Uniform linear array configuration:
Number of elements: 12
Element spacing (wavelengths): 0.5
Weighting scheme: kaiser
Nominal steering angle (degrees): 15
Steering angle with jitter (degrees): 14.418
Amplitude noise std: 0.05
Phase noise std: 0.05

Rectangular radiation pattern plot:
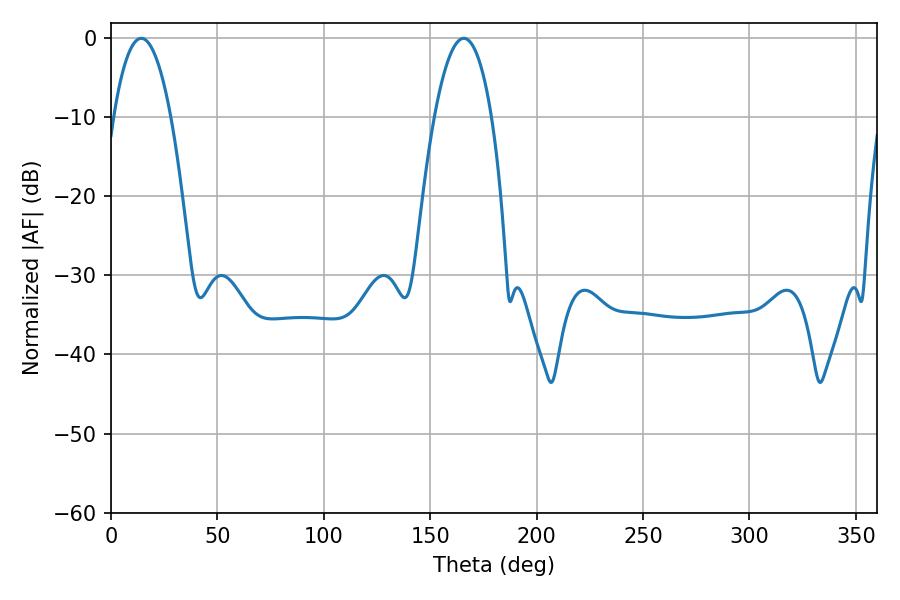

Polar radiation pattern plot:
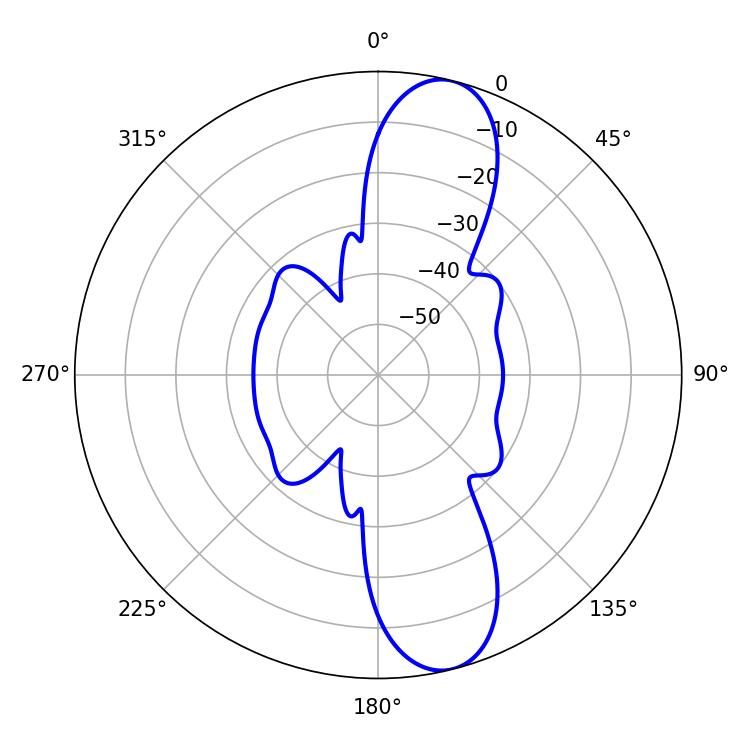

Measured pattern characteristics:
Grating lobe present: FALSE
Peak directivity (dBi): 11.606
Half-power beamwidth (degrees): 14.94
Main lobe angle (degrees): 14.22